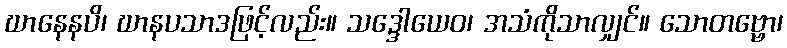
ဃာနေနပိ၊ ဃာနပသာဒဖြင့်လည်း။ သဒ္ဒေါယေဝ၊ အသံကိုသာလျှင်။ သောတဗ္ဗော၊